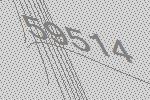
59514